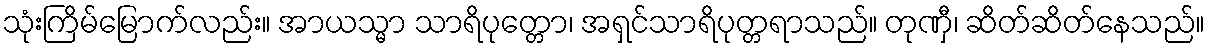
သုံးကြိမ်မြောက်လည်း။ အာယသ္မာ သာရိပုတ္တော၊ အရှင်သာရိပုတ္တရာသည်။ တုဏှီ၊ ဆိတ်ဆိတ်နေသည်။